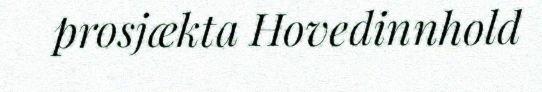
prosjækta Hovedinnhold